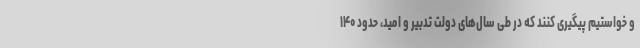
و خواستیم پیگیری کنند که در طی سال‌های دولت تدبیر و امید، حدود ۱۴۰